Report of the Indian Hemp Drugs Commission, 1894-1895 - Volume V
Year: 1894
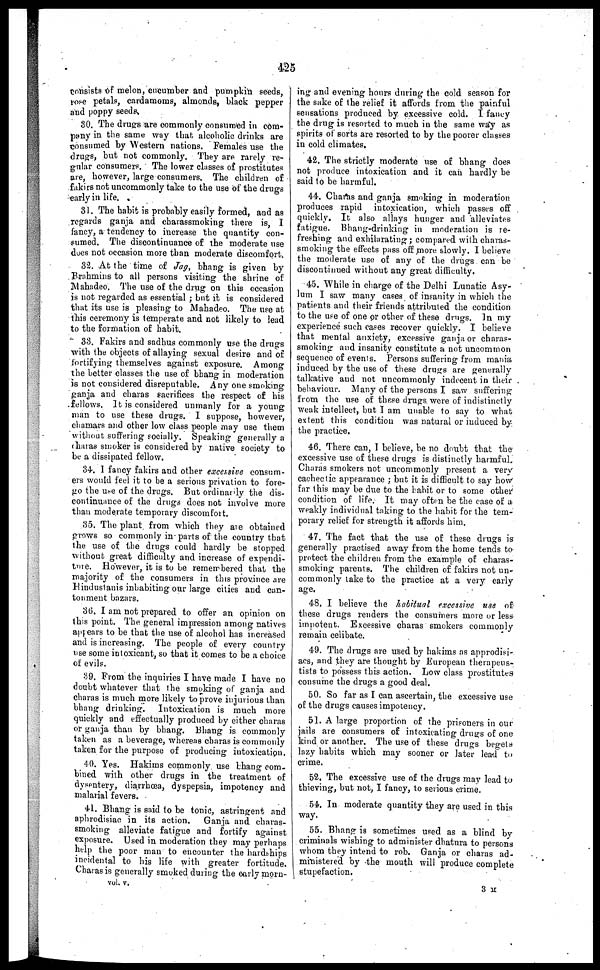
425
consists of melon, cucumber and pumpkin seeds,
rose petals, cardamoms, almonds, black pepper
and poppy seeds
30. The drugs are commonly consumed in com-
pany in the same way that alcoholic drinks are
consumed by Western nations. Females use the
drugs, but not commonly. They are rarely re-
o-tilar consumers. The lower classes of prostitutes
are, however, large consumers. The children of
fakirs not uncommonly take to the use of the drugs
early in life.
31. The habit is probably easily formed, and as
regards ganja and charassmoking there is, I
fancy, a tendency to increase the quantity con-
sumed. The discontinuance of the moderate use
does not occasion more than moderate discomfort.
32. At the time of Jag, bhang is given by
Brahmins to all persons visiting the shrine of
Mahadeo. The use of the drug on this occasion
is not regarded as essential ; but it is considered
that its use is pleasing to Mahadeo. The use at
this ceremony is temperate and not likely to lead
to the formation of habit.
33. Fakirs and sadhus commonly use the drugs
with the objects of allaying sexual desire and of
fortifying themselves against exposure. Among
the better classes the use of bhang in moderation
is not considered disreputable. Any one smoking
ganja and charas sacrifices the respect of his
fellows. It is considered unmanly for a young
man to use these drugs. I suppose, however,
chamars and other low class people may use them
without suffering socially. Speaking generally a
charas smoker is considered by native society to
be a dissipated fellow.
34. 1 fancy fakirs and other excessive consum-
ers would feel it to be a serious privation to fore-
go the use of the drugs. But ordinarily the dis-
continuance of the drugs does not involve more
than moderate temporary discomfort.
35. The plant from which they are obtained
grows so commonly in parts of the country that
the use of the drugs could hardly be stopped
without great difficulty and increase of expendi-
ture. However, it is to be remembered that the
majority of the consumers in this province are
Hindustanis inhabiting our large cities and can-
tonment bazars.
36. I am not prepared to offer an opinion on
this point. The general impression among natives
appears to be that the use of alcohol has increased
and is increasing. The people of every country
use some intoxicant, so that it comes to be a choice
of evils.
39. From the inquiries I have made I have no
doubt whatever that the smoking of ganja and
charas is much more likely to prove injurious than
bhang drinking.
Intoxication is much more
quickly and effectually produced by either charas
or ganja than by bhang. Bhang is commonly
taken as a beverage, whereas charas is commonly
taken for the purpose of producing intoxication.
40. Yes. Hakims commonly use bhang com-
bined with other drugs in the treatment of
dysentery, diarrhœa, dyspepsia, impotency and
malarial fevers.
41. Bhang is said to be tonic, astringent and
aphrodisiac in its action.
Ganja and charas-
smoking alleviate fatigue and fortify against
exposure. Used in moderation they may perhaps
help the poor man to encounter the hardships
incidental to his life with greater fortitude.
Charas is generally smoked during the early morn-
ing and evening hours during the cold season for
the sake of the relief it affords from the painful
sensations produced by excessive cold. I fancy
the drug is resorted to much in the same way as
spirits of sorts are resorted to by the poorer classes
in cold climates,
42. The strictly moderate use of bhang does
not produce intoxication and it can hardly be
said to be harmful.
44. Charas and ganja smoking in moderation
produces rapid intoxication, which passes off
quickly. It also allays hunger and alleviates
fatigue. Bhang-drinking in moderation is re-
freshing and exhilarating; compared with charas-
smoking the effects pass off more slowly. 1 believe
the moderate use of any of the drugs can be
discontinued without any great difficulty.
45. While in charge of the Delhi Lunatic Asy-
lum I saw many cases of insanity in which the
patients and their friends attributed the condition
to the use of one or other of these drugs. In my
experience such cases recover quickly. I believe
that mental anxiety, excessive ganja or charas-
smoking and insanity constitute a not uncommon
sequence of events. Persons suffering from mania
induced by the use of these drugs are generally
talkative and not uncommonly indecent in their
behaviour. Many of the persons I saw suffering
from the use of these drugs, were of indistinctly
weak intellect, but I am unable to say to what
extent this condition was natural or induced by
the practice.
46. There can, 1 believe, be no doubt that the
excessive use of these drugs is distinctly harmful.
Charas smokers not uncommonly present a very
cachectic appearance ; but it is difficult to say how
far this may be due to the habit or to some other
condition of life. It may often be the ease of a
weakly individual taking to the habit for the tem-
porary relief for strength it affords him.
47. The fact that the use of these drugs is
generally practised away from the home tends to
protect the children from the example of charas-
smoking parents. The children of fakirs not un-
commonly take to the practice at a very early
age.
48. I believe the habitual excessive use of
these drugs renders the consumers more or less
impotent. Excessive charas smokers commonly
remain celibate.
49. The drugs are used by hakims as approdisi-
acs, and they are thought by European therapens-
tists to possess this action. Low class prostitutes
consume the drugs a good deal.
50. So far as I can ascertain, the excessive use
of the drugs causes impotency.
51. A large proportion of the prisoners in our
jails are consumers of intoxicating drugs of one
kind or another. The use of these drugs begets
lazy habits which may sooner or later lead to
crime.
52. The excessive use of the drugs may lead to
thieving, but not, I fancy, to serious crime.
54. In moderate quantity they are used in this
way.
55. Bhang is sometimes used as a blind by
criminals wishing to administer dhatura to persons
whom they intend to rob. Ganja or charas ad-
ministered by the mouth will produce complete
stupefaction.
vol. v. 3 M